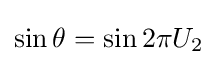
\sin \theta =\sin 2\pi U_{2}